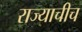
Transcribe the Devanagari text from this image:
राज्याचीच